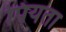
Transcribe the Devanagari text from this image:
पियता